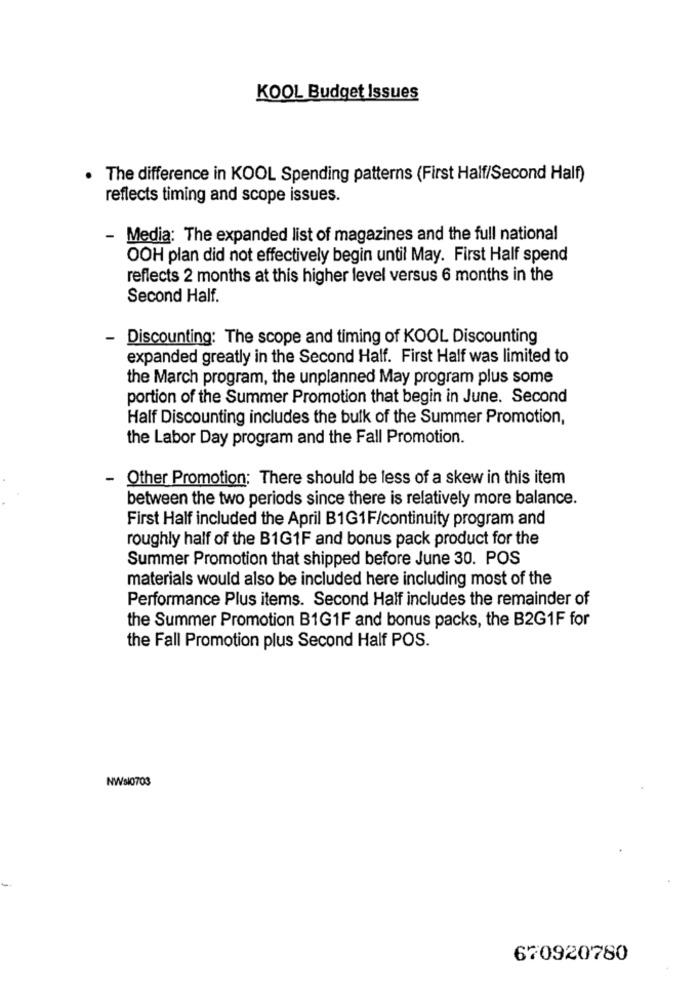
KOOL Budget Issues
The difference in KOOL Spending patterns (First Half/Second Half)
reflects timing and scope issues.
Media: The expanded list of magazines and the full national
OOH plan did not effectively begin until May. First Half spend
reflects 2 months at this higher level versus 6 months in the
Second Half.
- Discounting: The scope and timing of KOOL Discounting
expanded greatly in the Second Half. First Half was limited to
the March program, the unplanned May program plus some
portion of the Summer Promotion that begin in June. Second
Half Discounting includes the bulk of the Summer Promotion,
the Labor Day program and the Fall Promotion.
- Other Promotion: There should be less of a skew in this item
between the two periods since there is relatively more balance.
First Half included the April B1G1F/continuity program and
roughly half of the B1G1F and bonus pack product for the
Summer Promotion that shipped before June 30. POS
materials would also be included here including most of the
Performance Plus items. Second Half includes the remainder of
the Summer Promotion B1G1F and bonus packs, the B2G1F for
the Fall Promotion plus Second Half POS.
NWs10703
670920780